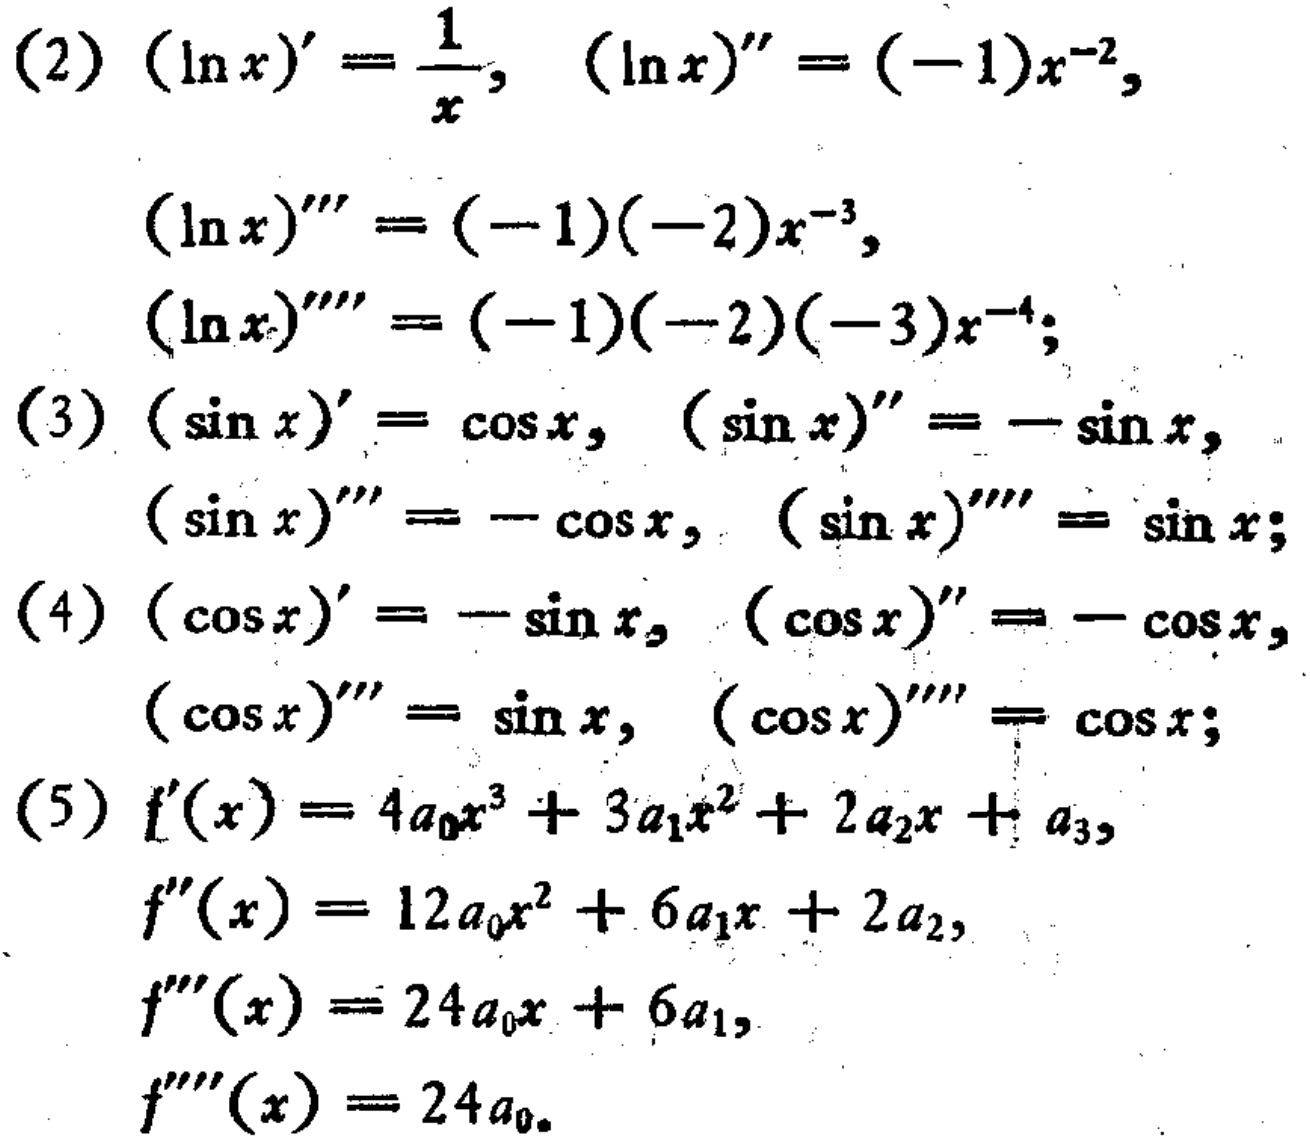
(2) \((\ln x)'=\frac{1}{x}, (\ln x)'' = (-1)x^{-2},\)
\((\ln x)''' = (-1)(-2)x^{-3},\)
\((\ln x)'''' = (-1)(-2)(-3)x^{-4};\)
(3) \((\sin x)'=\cos x, (\sin x)'' = -\sin x,\)
\((\sin x)''' = -\cos x, (\sin x)'''' = \sin x;\)
(4) \((\cos x)'=-\sin x, (\cos x)'' = -\cos x,\)
\((\cos x)''' = \sin x, (\cos x)'''' = \cos x;\)
(5) \(f'(x)=4a_{0}x^{3}+3a_{1}x^{2}+2a_{2}x + a_{3},\)
\(f''(x)=12a_{0}x^{2}+6a_{1}x + 2a_{2},\)
\(f'''(x)=24a_{0}x + 6a_{1},\)
\(f''''(x)=24a_{0}.\)